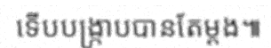
ទើបបង្ក្រាបបានតែម្តង៕